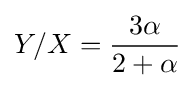
Y/X={\frac {3\alpha }{2+\alpha }}